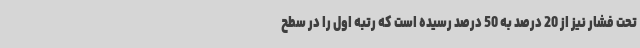
تحت فشار نیز از 20 درصد به 50 درصد رسیده است که رتبه اول را در سطح